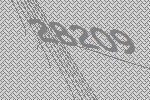
28209